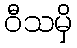
ဝီသမှိ